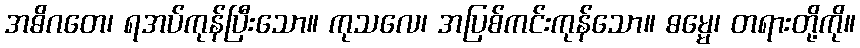
အဓိဂတေ၊ ရအပ်ကုန်ပြီးသော။ ကုသလေ၊ အပြစ်ကင်းကုန်သော။ ဓမ္မေ၊ တရားတို့ကို။